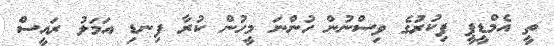
ތީ އެމްޑީޕީ ފިކުރުގެ ވިސްނުން ހުންނަ މީހުން ކުރާ ފިނޑި އަމަލު ރައީސް